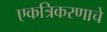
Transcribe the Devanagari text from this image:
एकत्रिकरणाचे